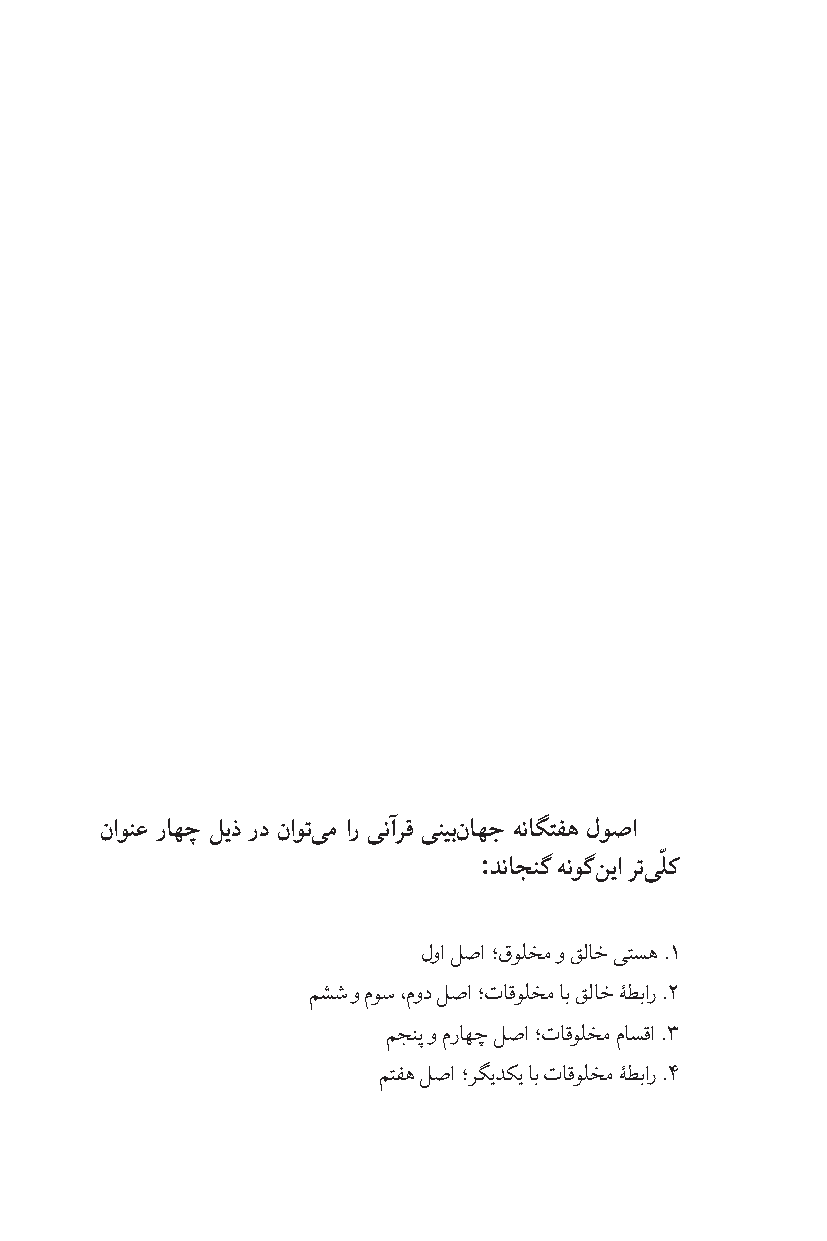
ناونع راهچ لیذ رد ناوتىم ار ىنآرق ىنیبناهج هناگتفه لوصا
 ّ
 :
 دناجنگ هنوگنیا رتىلك
 لوا لصا ؛قولخم و قلاخ یتسه .1
 مشش و موس ،مود لصا ؛تاقولخم اب قلاخ ۀطبار .2
 مجنپ و مراهچ لصا ؛تاقولخم ماسقا .3
 متفه لصا ؛رگیدکی اب تاقولخم ۀطبار .4